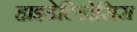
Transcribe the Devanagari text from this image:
हाइडेटिडोसिस